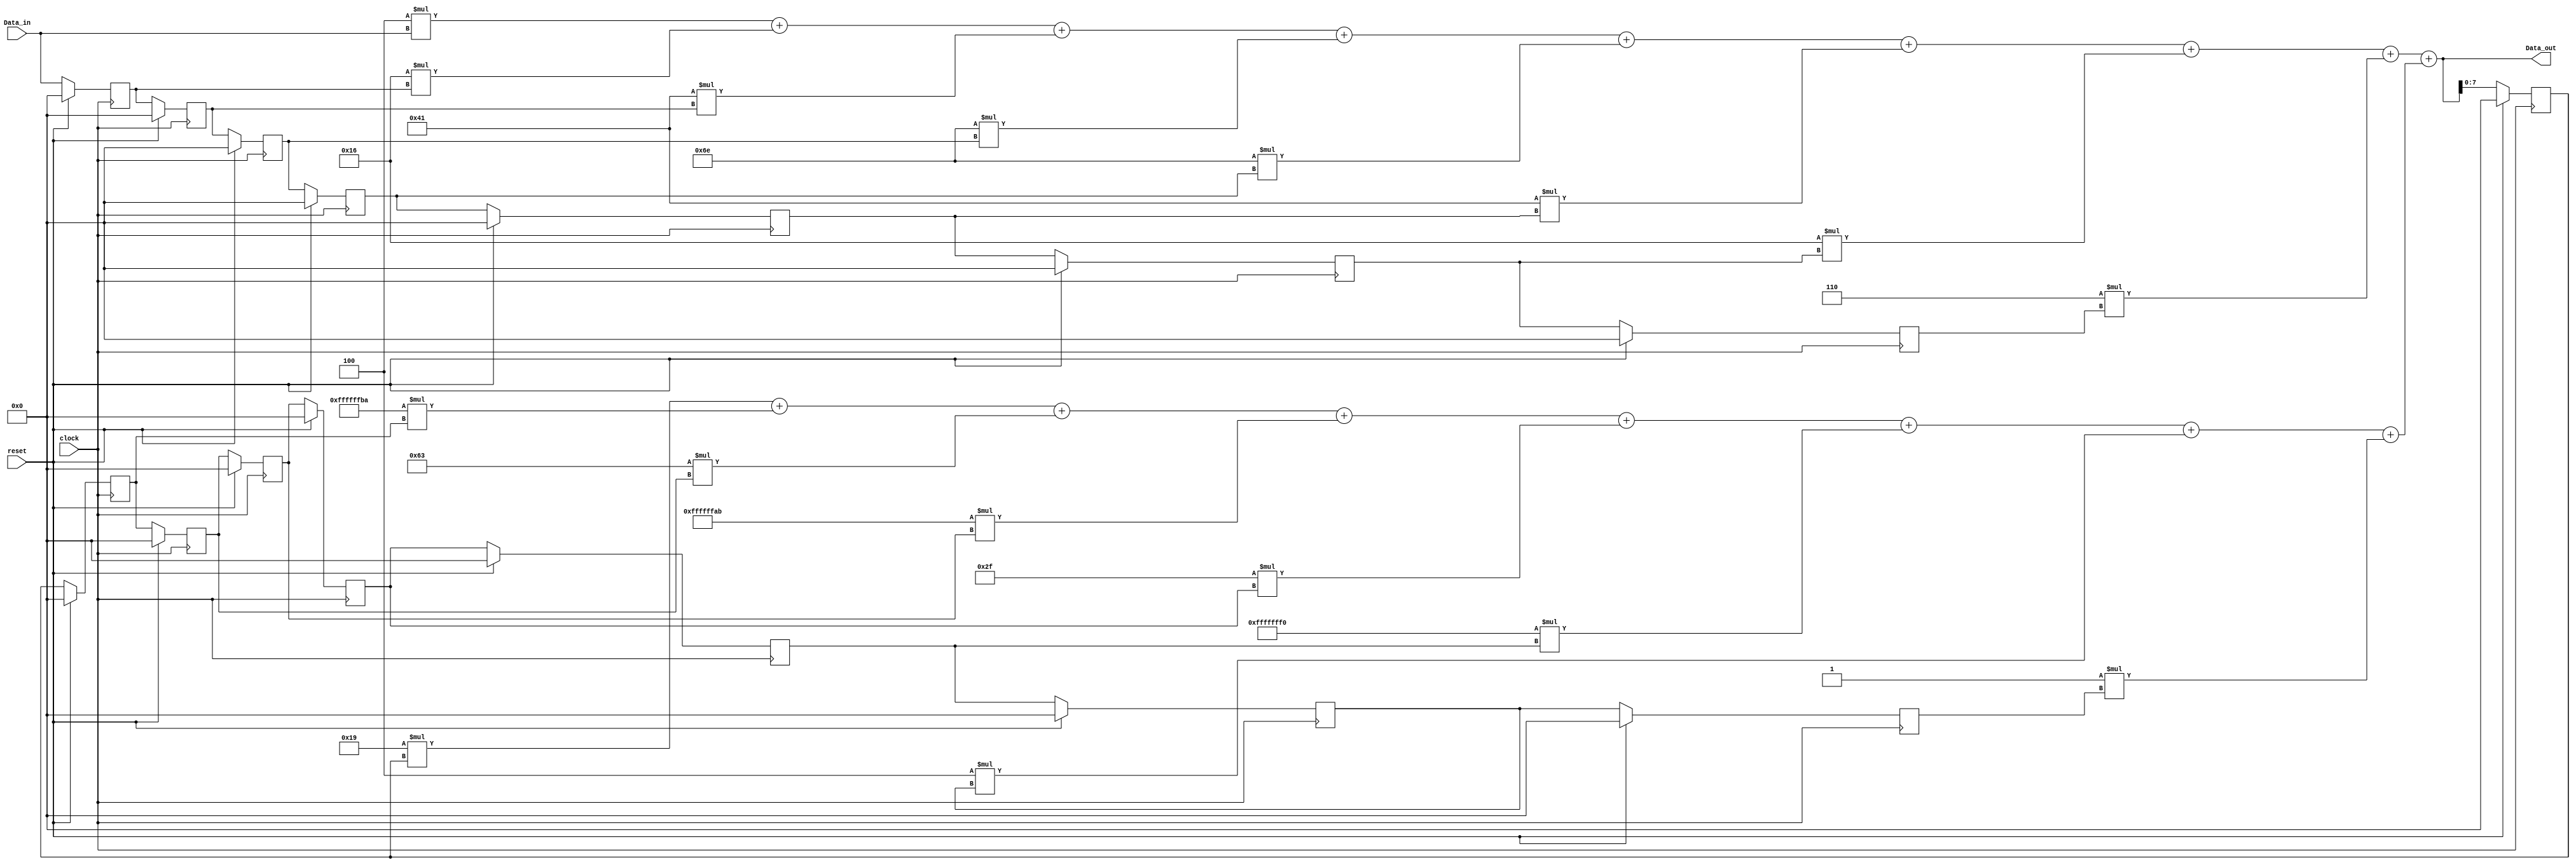
`timescale 1ns / 1ps
//////////////////////////////////////////////////////////////////////////////////
// Company: 
// Engineer: 
// 
// Design Name: 
// Module Name:    IIR_Filter_8 
// Project Name: 
// Target Devices: 
// Tool versions: 
// Description: 
//
// Dependencies: 
//
// Revision: 
// Revision 0.01 - File Created
// Additional Comments: 
//
//////////////////////////////////////////////////////////////////////////////////
module IIR_Filter_8(Data_out,Data_in,clock,reset);

parameter order = 8;
parameter word_size_in = 8;
parameter word_size_out = 2*word_size_in + 2;

parameter b0 = 4;    //
parameter b1 = 22;    
parameter b2 = 65;    
parameter b3 = 110;    
parameter b4 = 110;    
parameter b5 = 65;    
parameter b6 = 22;    
parameter b7 = 6;        

parameter a1 = 25;        //
parameter a2 = -70;    
parameter a3 = 99;    
parameter a4 = -85;    
parameter a5 = 47;    
parameter a6 = -16;    
parameter a7 = 4;    
parameter a8 = 1;  

output [word_size_out-1 : 0] Data_out;
input [word_size_in-1 : 0] Data_in;
input clock,reset;

reg [word_size_in-1 : 0] Samples_in[1 : order];
reg [word_size_in-1 : 0] Samples_out[1 : order];
wire [word_size_out-1 : 0] Data_feedforward;
wire [word_size_out-1 : 0] Data_feedback;
integer k;

assign Data_feedforward = b0*Data_in + b1*Samples_in[1] + b2*Samples_in[2] + b3*Samples_in[3]+ b4*Samples_in[4] + b5*Samples_in[5] +                     b6*Samples_in[6] + b7*Samples_in[7];
                         
assign Data_feedback = a1*Samples_out[1] + a2*Samples_out[2] + a3*Samples_out[3] + a4*Samples_out[4] + a5*Samples_out[5] + a6*Samples_out[6] +                        a7*Samples_out[7] + a8*Samples_out[8];

assign Data_out = Data_feedforward + Data_feedback;

always @ (posedge clock)
   if(reset == 1)
      for(k=1; k<=order; k=k+1) begin
         Samples_in[k] <= 0;
         Samples_out[k] <= 0;
      end
   else begin
      Samples_in[1] <= Data_in;
      Samples_out[1] <= Data_out;
      for(k=2; k<=order; k=k+1) begin
         Samples_in[k] <= Samples_in[k-1];
         Samples_out[k] <= Samples_out[k-1];
      end
   end

endmodule